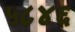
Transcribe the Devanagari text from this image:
५८४६